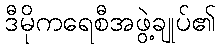
ဒီမိုကရေစီအဖွဲ့ချုပ်၏